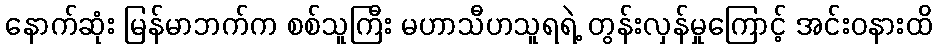
နောက်ဆုံး မြန်မာဘက်က စစ်သူကြီး မဟာသီဟသူရရဲ့ တွန်းလှန်မှုကြောင့် အင်းဝနားထိ